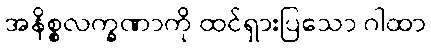
အနိစ္စလက္ခဏာကို ထင်ရှားပြသော ဂါထာ